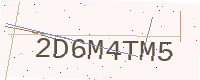
Text: 2D6M4TM5